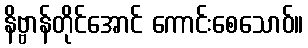
နိဗ္ဗာန်တိုင်အောင် ကောင်းစေသောဝ်။